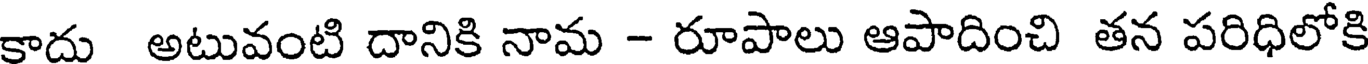
కాదు అటువంటి దానికి నామ - రూపాలు ఆపాదించి తన పరిధిలోకి